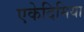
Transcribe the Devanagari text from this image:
एकेदिमिया